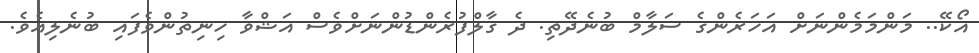
އޯކޭ.. މަންމަމެންނަށް އަހަރެންގެ ސަލާމް ބުނެދޭތި. ދެ ގާލްފުރެންޑުންނަށްވެސް އަޝްވާ ހިނިތުންވެފައި ބުނެލިއެވެ.